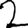
Digit: 2